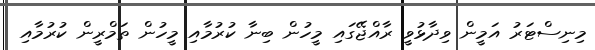
މިނިސްޓަރު އަމީން ވިދާޅުވީ ރާއްޖޭގައި މީހުން ބިނާ ކުރުމާއި މީހުން ތަމްރީން ކުރުމާއި